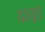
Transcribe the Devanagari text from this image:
दाज़ुए